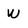
Character: w